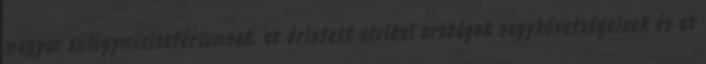
magyar külügyminisztériumnak, az érintett afrikai országok nagykövetségeinek és az